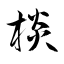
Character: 棪